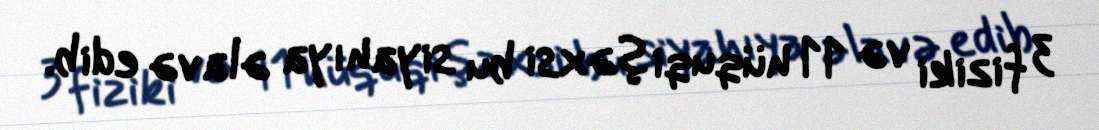
3 fiziki və 11 hüquqi şəxsi bu siyahıya əlavə edib.